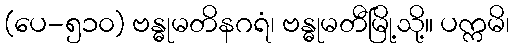
(ပေ-၅၁၀) ဗန္ဓုမတိနဂရံ၊ ဗန္ဓုမတီမြို့သို့။ ပက္ကမိ၊